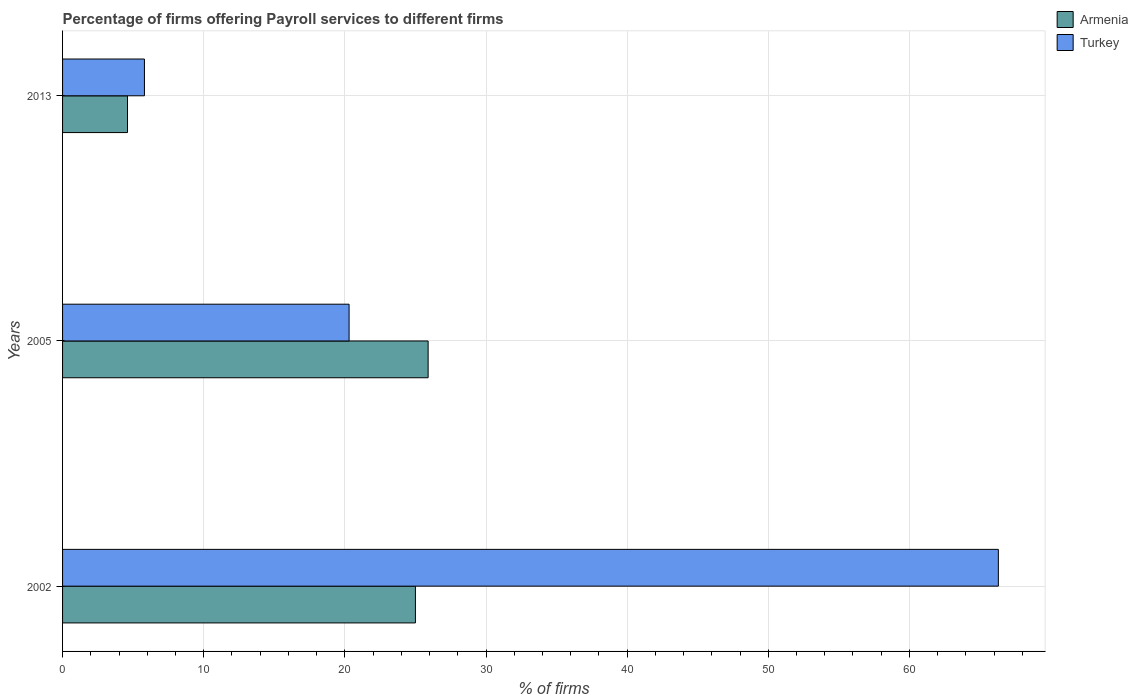
| Years | Armenia | Turkey |
 | --- | --- | --- |
 | 2002 | 25 | 66.3 |
 | 2005 | 25.9 | 20.3 |
 | 2013 | 4.6 | 5.8 |